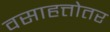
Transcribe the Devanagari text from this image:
वसाहत्तोतर